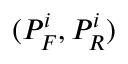
( P _ { F } ^ { i } , P _ { R } ^ { i } )